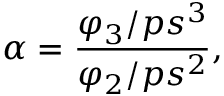
\alpha = \frac { \varphi _ { 3 } / p s ^ { 3 } } { \varphi _ { 2 } / p s ^ { 2 } } ,